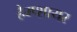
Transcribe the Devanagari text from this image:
हैम्प्शायर